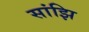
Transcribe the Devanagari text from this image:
सांझि